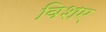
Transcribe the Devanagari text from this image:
विशए